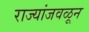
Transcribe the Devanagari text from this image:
राज्यांजवळून